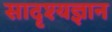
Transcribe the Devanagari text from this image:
सादृश्यज्ञान